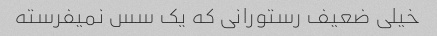
خیلی ضعیف رستورانی که یک سس نمیفرسته